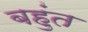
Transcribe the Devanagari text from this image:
बहुंत